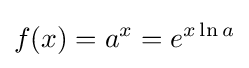
f(x)=a^{x}=e^{x\ln a}